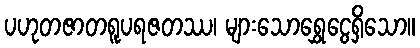
ပဟုတဇာတရူပရဇတဿ၊ များသောရွှေငွေရှိသော။